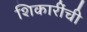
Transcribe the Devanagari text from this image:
शिकारींची